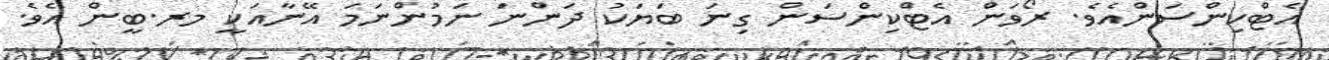
އެޓްކިންސަންއެވެ. ރޯވަން އެޓްކިންސަން ގިނަ ބަޔަކު ދަންނަ ނަމުންނަމަ އޭނާއަކީ މރ.ބީން އެވެ.